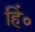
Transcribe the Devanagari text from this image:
हिं०